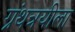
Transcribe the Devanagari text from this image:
ग्रंथत्रयीला